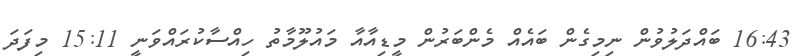
16:43 ބައްދަލުވުން ނިމިގެން ބައެއް މެންބަރުން މީޑިއާއާ މައުލޫމާތު ހިއްސާކުރައްވަނީ 15:11 މިފަދަ